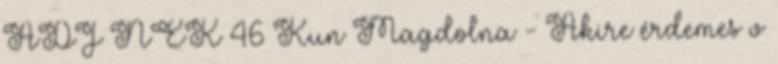
ADJ NEK 46 Kun Magdolna - Akire érdemes v